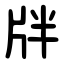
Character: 牉